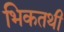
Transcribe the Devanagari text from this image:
भिकतथी